Medical and sanitary report of the native army of Madras for the year
Year: 1878
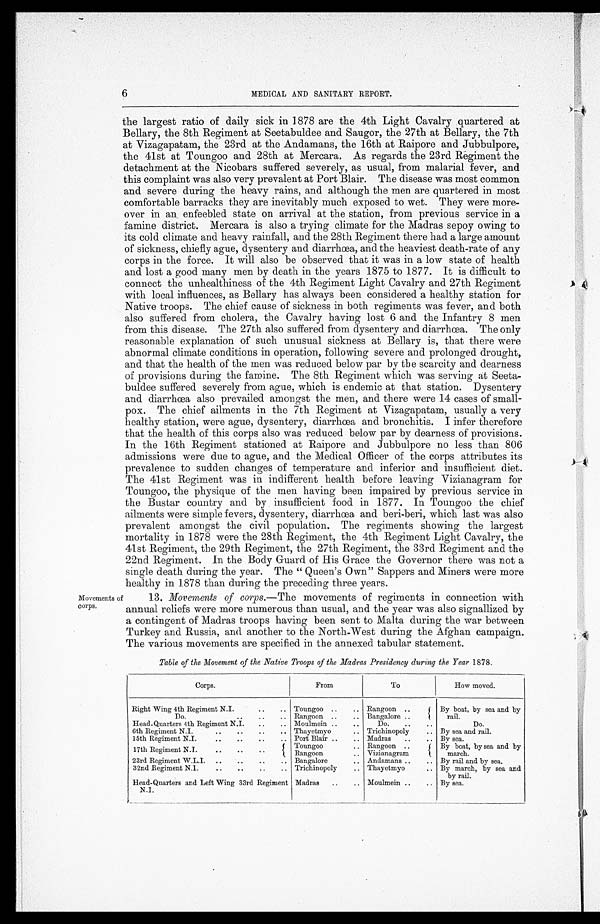
6
MEDICAL AND SANITARY REPORT.
Movements of
corps.
the largest ratio of daily sick in 1878 are the 4th Light Cavalry quartered at
Bellary, the 8th Regiment at Seetabuldee and Saugor, the 27th at Bellary, the 7th
at Vizagapatam, the 23rd at the Andamans, the 16th at Raipore and Jubbulpore,
the 41st at Toungoo and 28th at Mercara. As regards the 23rd Regiment the
detachment at the Nicobars suffered severely, as usual, from malarial fever, and
this complaint was also very prevalent at Port Blair. The disease was most common
and severe during the heavy rains, and although the men are quartered in most
comfortable barracks they are inevitably much exposed to wet. They were more-
over in an enfeebled state on arrival at the station, from previous service in a
famine district. Mercara is also a trying climate for the Madras sepoy owing to
its cold climate and heavy rainfall, and the 28th Regiment there had a large amount
of sickness, chiefly ague, dysentery and diarrhœa, and the heaviest death-rate of any
corps in the force. It will also be observed that it was in a low state of health
and lost a good many men by death in the years 1875 to 1877. It is difficult to
connect the unhealthiness of the 4th Regiment Light Cavalry and 27th Regiment
with local influences, as Bellary has always been considered a healthy station for
Native troops. The chief cause of sickness in both regiments was fever, and both
also suffered from cholera, the Cavalry having lost 6 and the Infantry 8 men
from this disease. The 27th also suffered from dysentery and diarrhœa. The only
reasonable explanation of such unusual sickness at Bellary is, that there were
abnormal climate conditions in operation, following severe and prolonged drought,
and that the health of the men was reduced below par by the scarcity and dearness
of provisions during the famine. The 8th Regiment which was serving at Seeta-
buldee suffered severely from ague, which is endemic at that station. Dysentery
and diarrhœa also prevailed amongst the men, and there were 14 cases of small-
pox. The chief ailments in the 7th Regiment at Vizagapatam, usually a very
healthy station, were ague, dysentery, diarrhœa and bronchitis. I infer therefore
that the health of this corps also was reduced below par by dearness of provisions.
In the 16th Regiment stationed at Raipore and Jubbulpore no less than 806
admissions were due to ague, and the Medical Officer of the corps attributes its
prevalence to sudden changes of temperature and inferior and insufficient diet.
The 41st Regiment was in indifferent health before leaving Vizianagram for
Toungoo, the physique of the men having been impaired by previous service in
the Bustar country and by insufficient food in 1877. In Toungoo the chief
ailments were simple fevers, dysentery, diarrhœa and beri-beri, which last was also
prevalent amongst the civil population. The regiments showing the largest
mortality in 1878 were the 28th Regiment, the 4th Regiment Light Cavalry, the
41st Regiment, the 29th Regiment, the 27th Regiment, the 33rd Regiment and the
22nd Regiment. In the Body Guard of His Grace the Governor there was not a
single death during the year. The " Queen's Own" Sappers and Miners were more
healthy in 1878 than during the preceding three years.
13. Movements of corps.—The movements of regiments in connection with
annual reliefs were more numerous than usual, and the year was also signallized by
a contingent of Madras troops having been sent to Malta during the war between
Turkey and Russia, and another to the North-West during the Afghan campaign.
The various movements are specified in the annexed tabular statement.
Table of the Movement of the Native Troops of the Madras Presidency during the Year 1878.
Corps.
From
To
How moved.
Right Wing 4th Regiment N. I.
..
.. Toungoo ..
.. Rangoon
. . By boat, by sea and by
rail.
Do.
..
..
.. Rangoon ..
.. Bangalore ..
Head-Quarters 4th Regiment N.I.
..
.. Moulmein ..
..
Do.
..
..
Do.
6th Regiment N.I.
.. ..
..
.. Thayetmyo
. . Trichinopoly
.. By sea and rail.
15th Regiment N.I.
..
..
..
.. Port Blair ..
.. Madras
..
.. By sea.
17th Regiment N.I...
..
Toungoo
.. Rangoon ..
By boat, by sea and by
march.
Rangoon
.. Vizianagram
23rd Regiment W.L.I.
..
..
..
.. Bangalore
. , Andamans ..
.. By rail and by sea.
32nd Regiment N. I.
..
..
..
.. Trichinopoly
.. Thayetmyo
.. By march, by sea and
by rail.
Head-Quarters and Left Wing 33rd Regiment
N. I.
Madras
..
. . Moulmein ..
.. By sea.